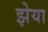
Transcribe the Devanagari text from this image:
झेया